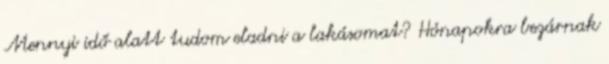
Mennyi idő alatt tudom eladni a lakásomat? Hónapokra bezárnak